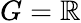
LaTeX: G=\mathbb R